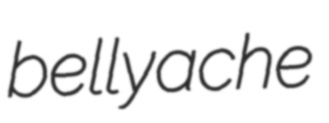
bellyache